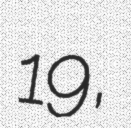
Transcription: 19,